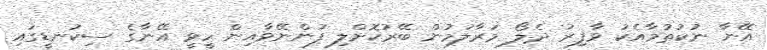
އޭނާ ނުކުތުމާއެކު ވާފިރު ދެލޯ މަރާލަމުން ބޭރުކޮށްލި ފުންނޭވާއިން ހީވީ އޭނާގެ ސިކުނޑީގައި